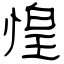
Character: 惶